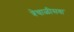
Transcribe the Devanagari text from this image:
त्रेचाळीसवा